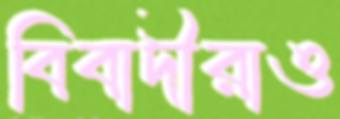
বিবাদীরাও